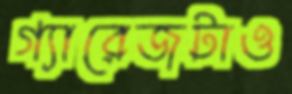
গ্যারেজটাও